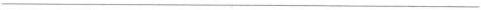
___